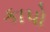
કાપો